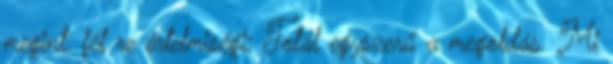
megint. fél re értelmiségi: Totál egyszerű a megoldás. Mi